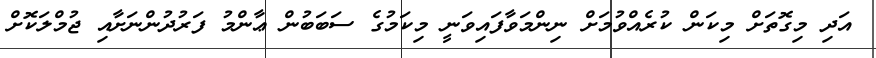
އަދި މިގޮތަށް މިކަން ކުރެއްވުމަށް ނިންމަވާފައިވަނީ މިކަމުގެ ސަބަބުން ޢާންމު ފަރުދުންނަށާއި ޖުމްލަކޮށް